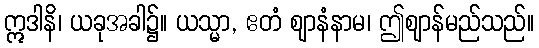
ဣဒါနိ၊ ယခုအခါ၌။ ယသ္မာ, ဧတံ ဈာနံနာမ၊ ဤဈာန်မည်သည်။